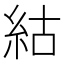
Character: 𥿍